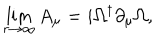
\lim _ { r \rightarrow \infty } A _ { \mu } = i \Omega ^ { \dagger } \partial _ { \mu } \Omega ,